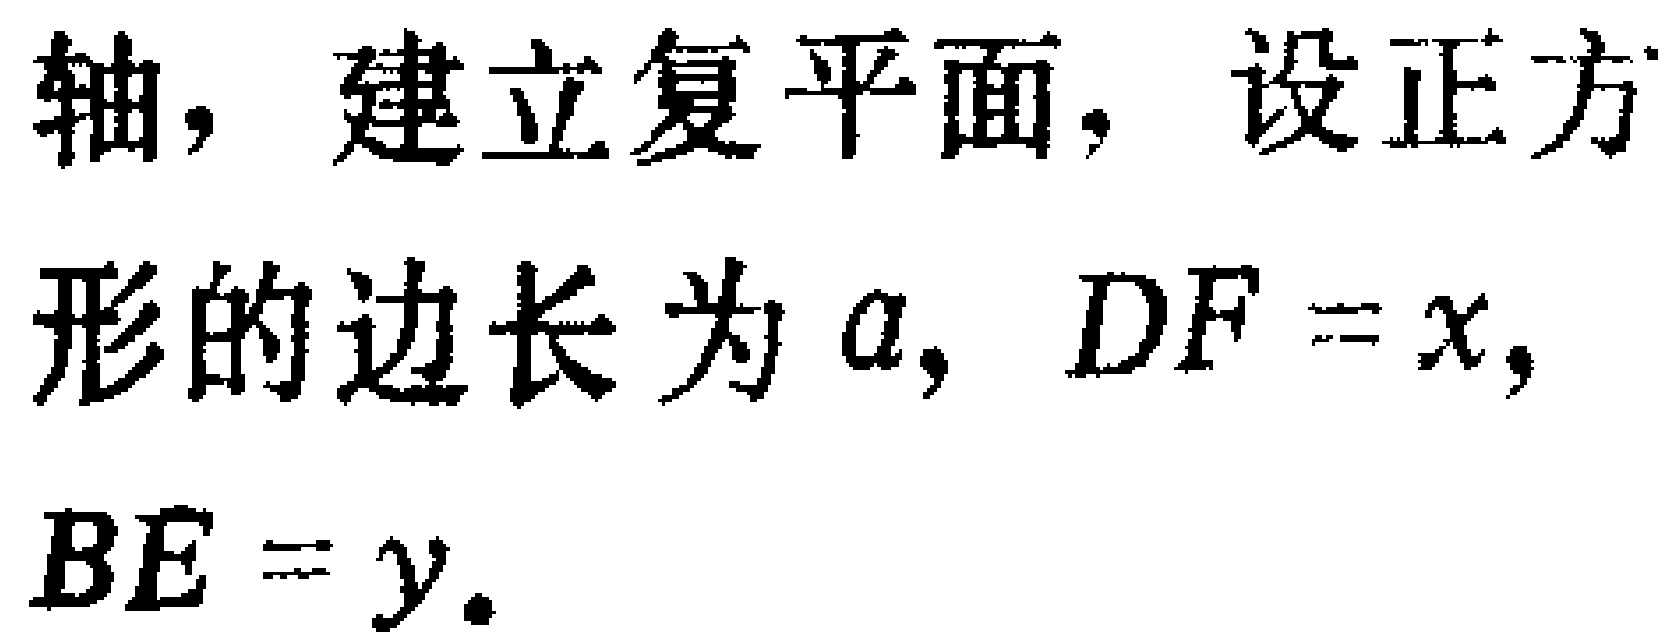
轴，建立复平面，设正方

形的边长为 \(a\)，\(DF = x\)，

\(BE = y\).